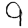
Digit: 9